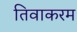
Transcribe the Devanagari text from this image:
तिवाकरम